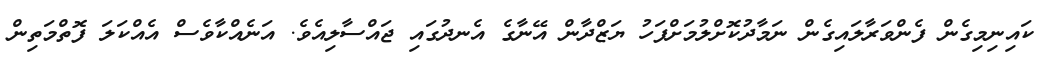
ކައިނިމިގެން ފެންވަރާލައިގެން ނަމާދުކޮށްލުމަށްފަހު ޔަޒްދާން އޭނާގެ އެނދުގައި ޖައްސާލިއެވެ. އަނެއްކާވެސް އެއްކަލަ ފޮތްމަތިން